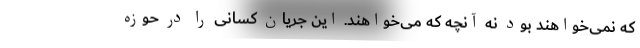
که نمی‌خواهند بود نه آنچه که می‌خواهند. این جریان کسانی را در حوزه